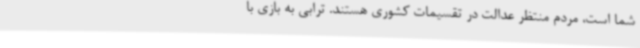
شما است، مردم منتظر عدالت در تقسیمات کشوری هستند. ترابی به بازی با